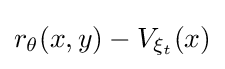
r_{\theta }(x,y)-V_{\xi _{t}}(x)